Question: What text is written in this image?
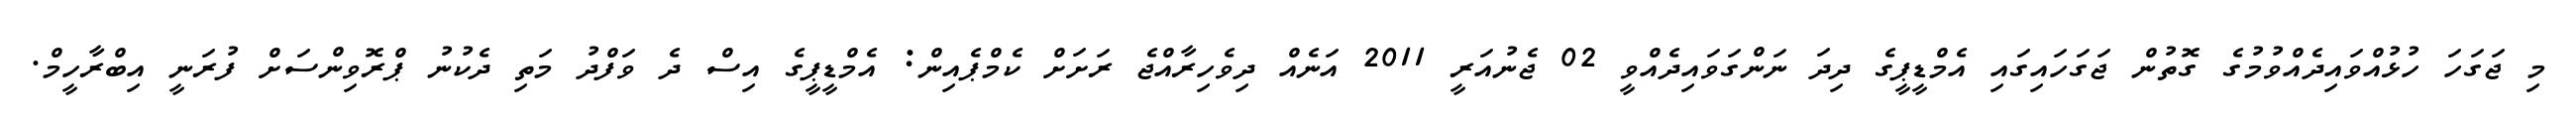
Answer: މި ޖަގަހަ ހުޅުއްވައިދެއްވުމުގެ ގޮތުން ޖަގަހައިގައި އެމްޑީޕީގެ ދިދަ ނަންގަވައިދެއްވީ 02 ޖެނުއަރީ 2011 އަނެއް ދިވެހިރާއްޖެ ރަށަށް ކެމްޕެއިން: އެމްޑީޕީގެ އިސް ދެ ވަފްދު މަތި ދެކުނު ޕްރޮވިންސަށް ފުރަނީ އިބްރާހީމް.